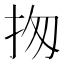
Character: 𢫍